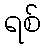
ရစ်